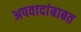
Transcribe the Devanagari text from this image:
अपवादांबाबत